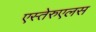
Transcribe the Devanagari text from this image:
एस्तेरुएलस